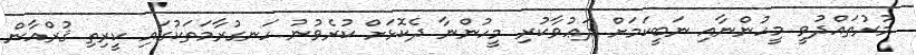
މުރުތައްދުވީ މީހުންނާއި ނަބީކަމަށް ދަޢުވާކުރި މީހުންނާ ދެކޮޅަށް ކުރެވުނު ހަނގުރާމަތަކުގައި ކީރިތި ޤުރްއާން